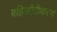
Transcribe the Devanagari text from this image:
बहिर्स्रोतीकरण